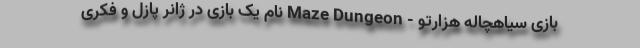
بازی سیاهچاله هزارتو - Maze Dungeon نام یک بازی در ژانر پازل و فکری